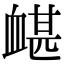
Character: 𧗀